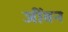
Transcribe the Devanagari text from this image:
जींवन